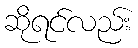
ဆိုရင်လည်း